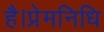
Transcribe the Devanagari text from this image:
है।प्रेमनिधि